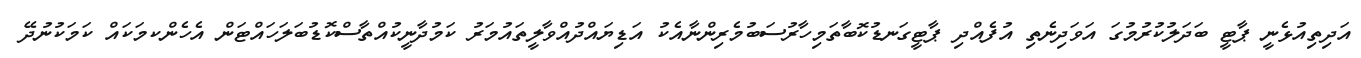
އަދިތިއުޅެނީ ޕާޓީ ބަދަލުކުރުމުގަ އަވަދިނެތި އުފެއްދި ޕާޓީގަނޑުކޮބާތަމިހާރުސަބުމެރިންނާއެކު އަޑިޔައްދުއްވާލީތައުމަރު ކަމުދާނީކުއްތާސްކޮޑުބަލަހައްޓަން އެހެންކމަކައް ކަމަކުނުދޭ